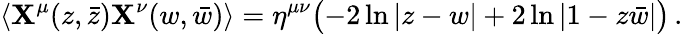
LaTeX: \langle\mathbf{X}^{\mu}(z,\bar{{z}})\mathbf{X}^{\nu}(w,\bar{{w}})\rangle=\eta^{\mu\nu}\bigl(-2\ln|z-w|+2\ln|1-z\bar{{w}}|\bigr)\, .